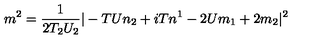
m ^ { 2 } = \frac { 1 } { 2 T _ { 2 } U _ { 2 } } | - T U n _ { 2 } + i T n ^ { 1 } - 2 U m _ { 1 } + 2 m _ { 2 } | ^ { 2 }